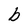
Character: b